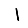
Digit: 1